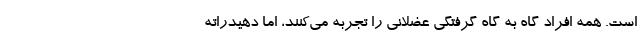
است. همه افراد گاه به گاه گرفتگی عضلانی را تجربه می‌کنند، اما دهیدراته